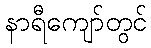
နာရီကျော်တွင်